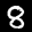
Label: 8